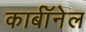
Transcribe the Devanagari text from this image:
कार्बाॅनेल